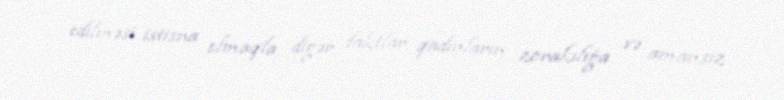
edilməsi istisna olmaqla, digər faktlar qadınların zorakılığa və amansız